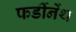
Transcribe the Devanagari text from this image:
फर्डीनेंथ